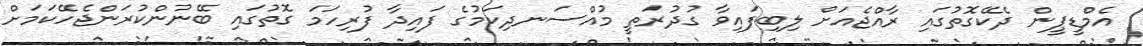
އެމްޑީޕީން ދެކޭގޮތުގައި ރާއްޖެއަށް ލިބިފައިވާ ގުދުރަތީ މުއްސަނދިކަމުގެ ފައިދާ ފުރިހަމަ ގޮތުގައި ބޭނުންކުރަންޖެހޭކަމަށް